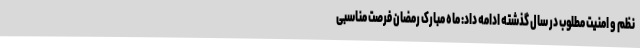
نظم و امنیت مطلوب در سال گذشته ادامه داد: ماه مبارک رمضان فرصت مناسبی